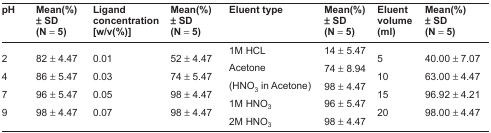
<table><thead><tr><td><b>pH</b></td><td><b>Mean(%) ± SD (N = 5)</b></td><td><b>Ligand concentration [w/v(%)]</b></td><td><b>Mean(%) ± SD (N = 5)</b></td><td><b>Eluent type</b></td><td><b>Mean(%) ± SD (N = 5)</b></td><td><b>Eluent volume (ml)</b></td><td><b>Mean(%) ± SD (N = 5)</b></td></tr></thead><tbody><tr><td></td><td></td><td></td><td></td><td>1M HCL</td><td>14 ± 5.47</td><td></td><td></td></tr><tr><td>2</td><td>82 ± 4.47</td><td>0.01</td><td>52 ± 4.47</td><td></td><td></td><td>5</td><td>40.00 ± 7.07</td></tr><tr><td></td><td></td><td></td><td></td><td>Acetone</td><td>74 ± 8.94</td><td></td><td></td></tr><tr><td>4</td><td>86 ± 5.47</td><td>0.03</td><td>74 ± 5.47</td><td></td><td></td><td>10</td><td>63.00 ± 4.47</td></tr><tr><td></td><td></td><td></td><td></td><td>(HNO<sub>3</sub> in Acetone)</td><td>98 ± 4.47</td><td></td><td></td></tr><tr><td>7</td><td>96 ± 5.47</td><td>0.05</td><td>98 ± 4.47</td><td></td><td></td><td>15</td><td>96.92 ± 4.21</td></tr><tr><td></td><td></td><td></td><td></td><td>1M HNO<sub>3</sub></td><td>96 ± 5.47</td><td></td><td></td></tr><tr><td>9</td><td>98 ± 4.47</td><td>0.07</td><td>98 ± 4.47</td><td></td><td></td><td>20</td><td>98.00 ± 4.47</td></tr><tr><td></td><td></td><td></td><td></td><td>2M HNO<sub>3</sub></td><td>98 ± 4.47</td><td></td><td></td></tr></tbody></table>